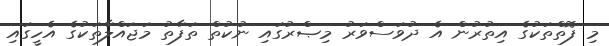
މި ފޮތްތަކުގެ އިތުރުން އެ ދުވަސްވަރު މިޞްރުގައި ނުކުތް ތަފާތު މަޖައްލާތަކުގެ އެހީގައި